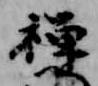
禅